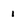
Character: i